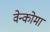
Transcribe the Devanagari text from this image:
वेन्कोमा